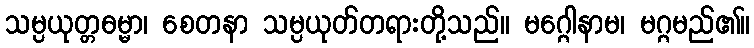
သမ္ပယုတ္တဓမ္မာ၊ စေတနာ သမ္ပယုတ်တရားတို့သည်။ မဂ္ဂေါနာမ၊ မဂ္ဂမည်၏။